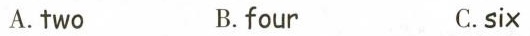
A.two B.four C.six